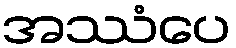
အဿံပေ